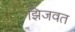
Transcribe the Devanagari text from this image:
झिजवत